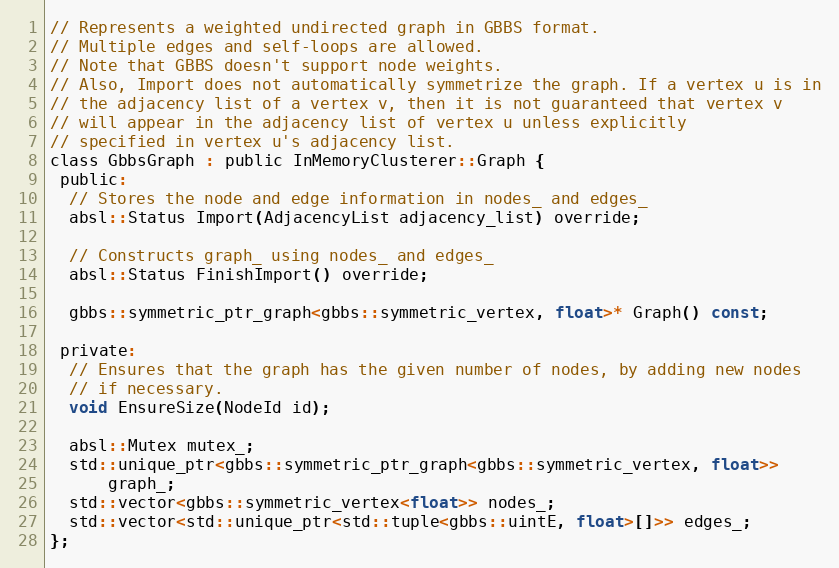
Language: C
// Represents a weighted undirected graph in GBBS format.
// Multiple edges and self-loops are allowed.
// Note that GBBS doesn't support node weights.
// Also, Import does not automatically symmetrize the graph. If a vertex u is in
// the adjacency list of a vertex v, then it is not guaranteed that vertex v
// will appear in the adjacency list of vertex u unless explicitly
// specified in vertex u's adjacency list.
class GbbsGraph : public InMemoryClusterer::Graph {
 public:
  // Stores the node and edge information in nodes_ and edges_
  absl::Status Import(AdjacencyList adjacency_list) override;

  // Constructs graph_ using nodes_ and edges_
  absl::Status FinishImport() override;

  gbbs::symmetric_ptr_graph<gbbs::symmetric_vertex, float>* Graph() const;

 private:
  // Ensures that the graph has the given number of nodes, by adding new nodes
  // if necessary.
  void EnsureSize(NodeId id);

  absl::Mutex mutex_;
  std::unique_ptr<gbbs::symmetric_ptr_graph<gbbs::symmetric_vertex, float>>
      graph_;
  std::vector<gbbs::symmetric_vertex<float>> nodes_;
  std::vector<std::unique_ptr<std::tuple<gbbs::uintE, float>[]>> edges_;
};